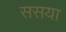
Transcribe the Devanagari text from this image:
ससया